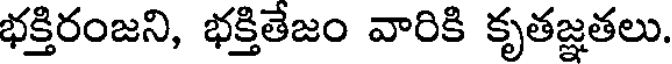
భక్తిరంజని, భక్తితేజం వారికి కృతజ్ఞతలు.